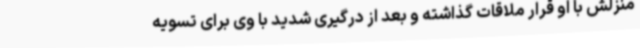
منزلش با او قرار ملاقات گذاشته و بعد از درگیری شدید با وی برای تسویه